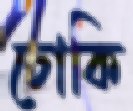
চোকি